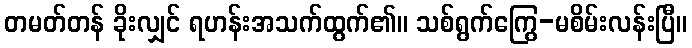
တမတ်တန် ခိုးလျှင် ရဟန်းအသက်ထွက်၏။ သစ်ရွက်ကြွေ-မစိမ်းလန်းပြီ။